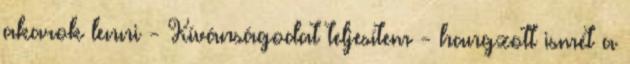
akarok lenni - Kívánságodat teljesítem - hangzott ismét a